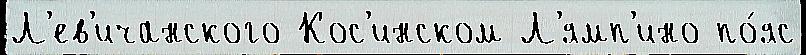
Л'ев'ичанского Кос'инском Л'ямп'ино по́яс